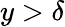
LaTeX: y>\delta